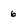
Character: 6